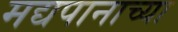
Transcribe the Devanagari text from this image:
मद्यपानाच्या